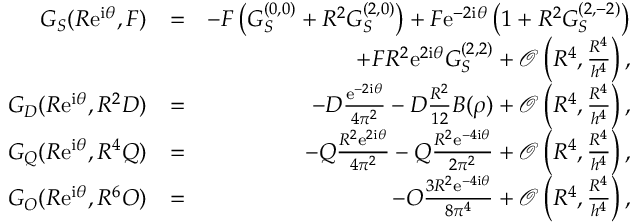
\begin{array} { r l r } { G _ { S } ( R \mathrm { e } ^ { \mathrm { i } \theta } , F ) } & { = } & { - F \left( G _ { S } ^ { ( 0 , 0 ) } + R ^ { 2 } G _ { S } ^ { ( 2 , 0 ) } \right) + F \mathrm { e } ^ { - 2 \mathrm { i } \theta } \left( 1 + R ^ { 2 } G _ { S } ^ { ( 2 , - 2 ) } \right) } \\ & { } & { + F R ^ { 2 } \mathrm { e } ^ { 2 \mathrm { i } \theta } G _ { S } ^ { ( 2 , 2 ) } + \mathcal { O } \left( R ^ { 4 } , \frac { R ^ { 4 } } { h ^ { 4 } } \right) , } \\ { G _ { D } ( R \mathrm { e } ^ { \mathrm { i } \theta } , R ^ { 2 } D ) } & { = } & { - D \frac { \mathrm { e } ^ { - 2 \mathrm { i } \theta } } { 4 \pi ^ { 2 } } - D \frac { R ^ { 2 } } { 1 2 } B ( \rho ) + \mathcal { O } \left( R ^ { 4 } , \frac { R ^ { 4 } } { h ^ { 4 } } \right) , } \\ { G _ { Q } ( R \mathrm { e } ^ { \mathrm { i } \theta } , R ^ { 4 } Q ) } & { = } & { - Q \frac { R ^ { 2 } \mathrm { e } ^ { 2 \mathrm { i } \theta } } { 4 \pi ^ { 2 } } - Q \frac { R ^ { 2 } \mathrm { e } ^ { - 4 \mathrm { i } \theta } } { 2 \pi ^ { 2 } } + \mathcal { O } \left( R ^ { 4 } , \frac { R ^ { 4 } } { h ^ { 4 } } \right) , } \\ { G _ { O } ( R \mathrm { e } ^ { \mathrm { i } \theta } , R ^ { 6 } O ) } & { = } & { - O \frac { 3 R ^ { 2 } \mathrm { e } ^ { - 4 \mathrm { i } \theta } } { 8 \pi ^ { 4 } } + \mathcal { O } \left( R ^ { 4 } , \frac { R ^ { 4 } } { h ^ { 4 } } \right) , } \end{array}